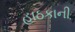
હાઠકાની